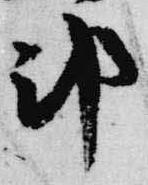
邦